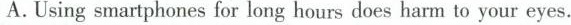
A. Using smartphones for long hours does harm to your eyes